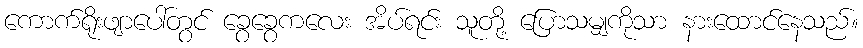
ကောက်ရိုးဖျာပေါ်တွင် ခွေခွေကလေး အိပ်ရင်း သူတို့ ပြောသမျှကိုသာ နားထောင်နေသည်။